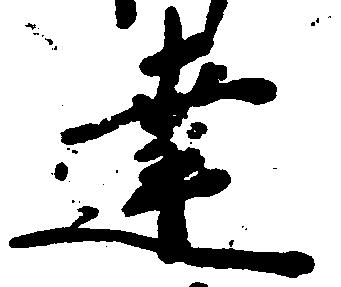
達